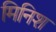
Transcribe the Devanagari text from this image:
मिनिश